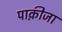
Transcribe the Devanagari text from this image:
पाक़ीजा